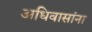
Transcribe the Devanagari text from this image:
अधिवासांना